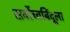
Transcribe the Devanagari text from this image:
सर्वोच्चबिंदूला